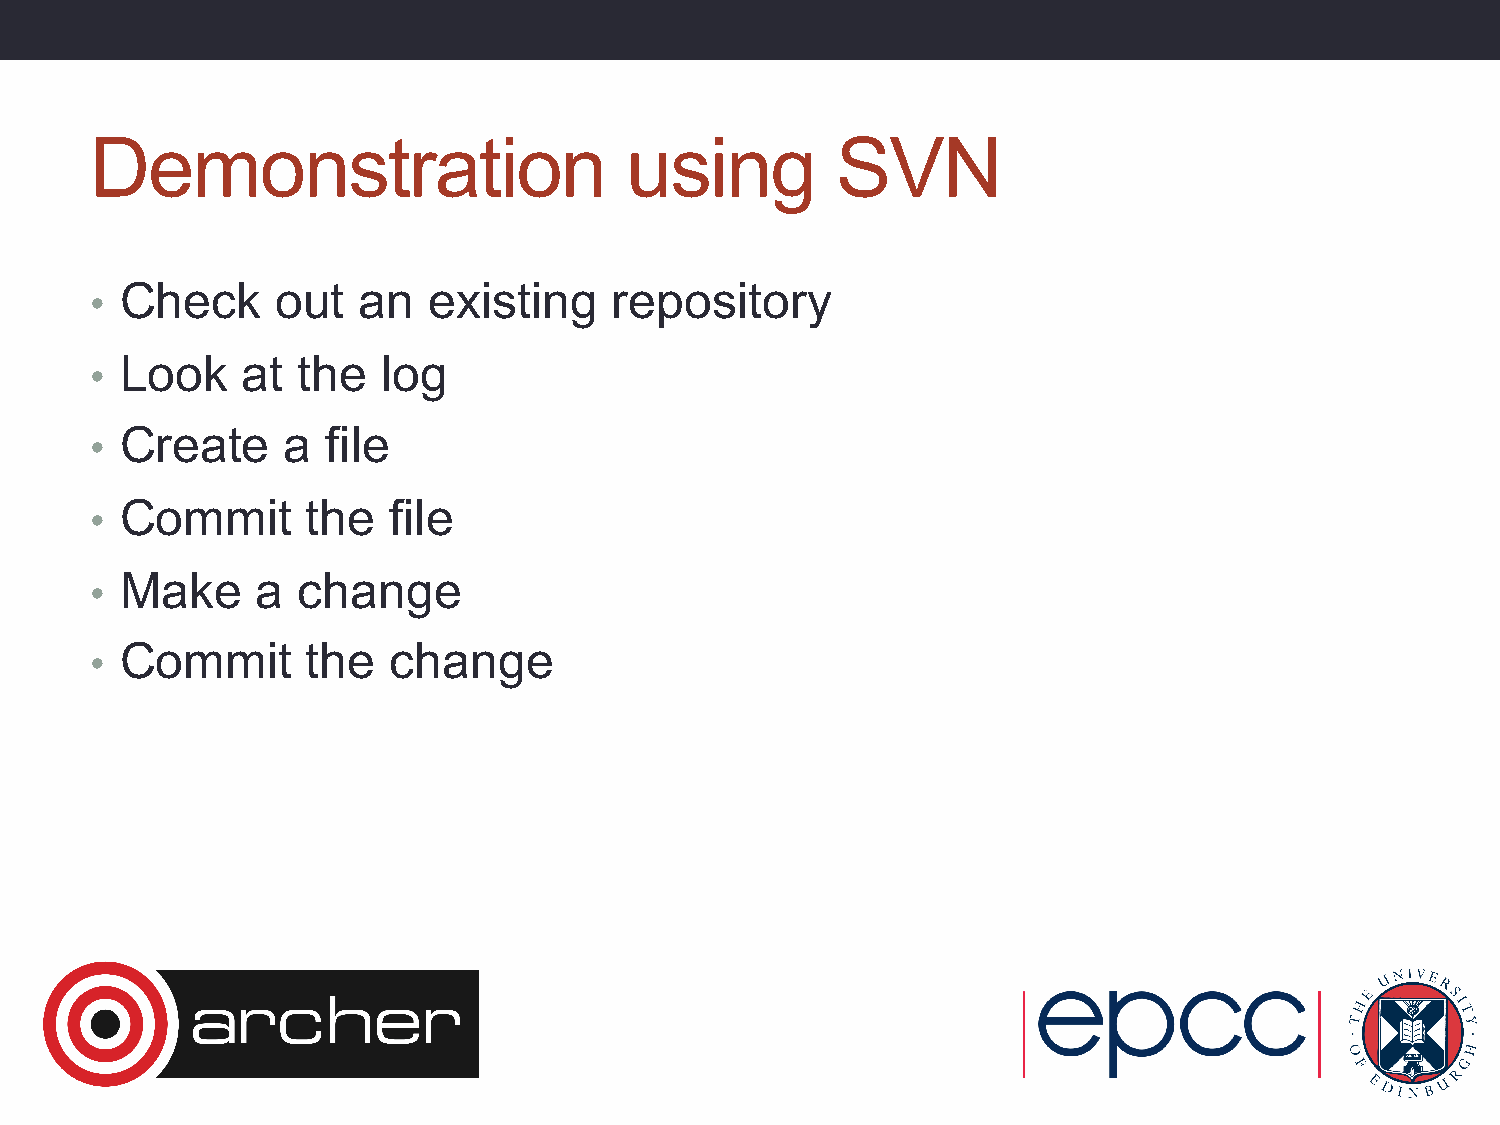
Demonstration                      using         SVN
 Check     out   an  existing     repository
 •
 Look    at  the  log
 •
 Create     a  file
 •
 Commit      the   file
 •
 Make     a  change
 •
 Commit      the   change
 •